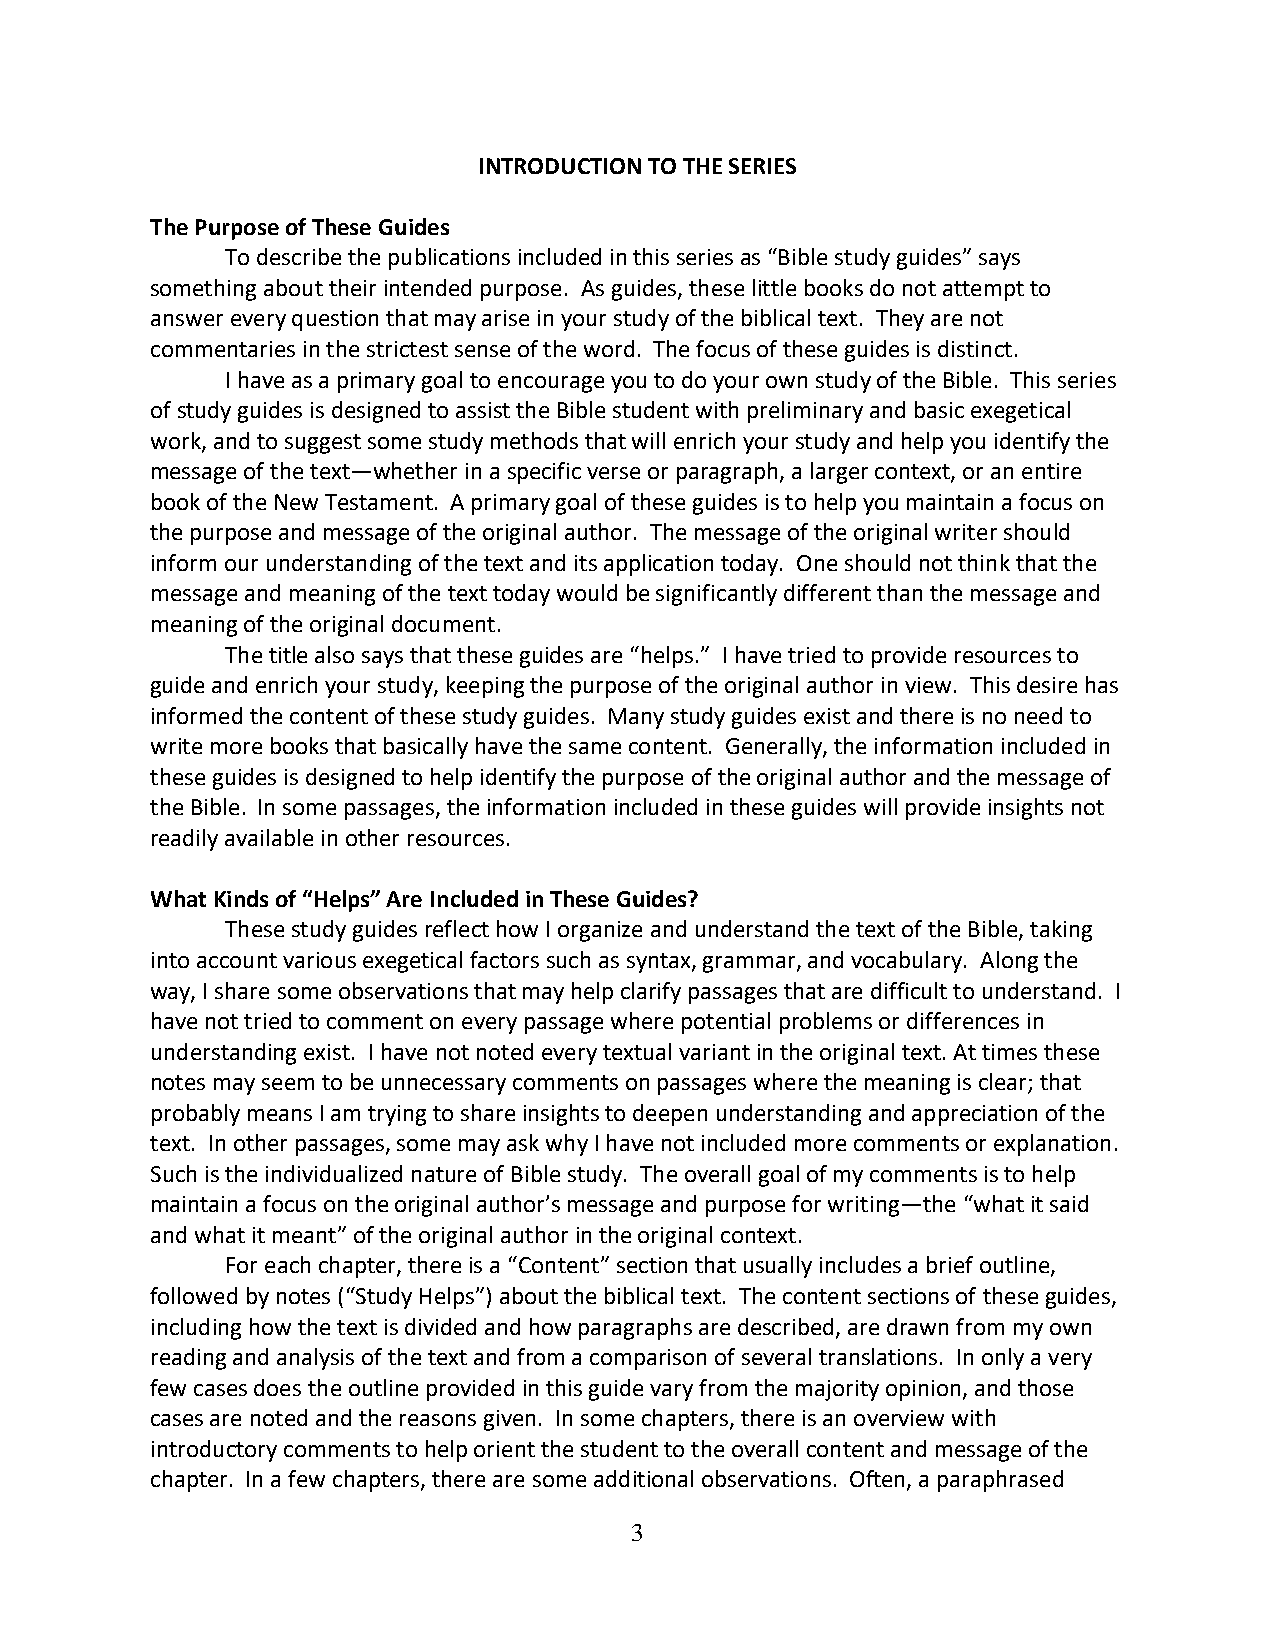
INTRODUCTION TO THE SERIES
 The Purpose of These Guides
 To describe the publications included in this series as “Bible study guides” says
 something about their intended purpose. As guides, these little books do not attempt to
 answer every question that may arise in your study of the biblical text. They are not
 commentaries in the strictest sense of the word. The focus of these guides is distinct.
 I have as a primary goal to encourage you to do your own study of the Bible. This series
 of study guides is designed to assist the Bible student with preliminary and basic exegetical
 work, and to suggest some study methods that will enrich your study and help you identify the
 message of the text—whether in a specific verse or paragraph, a larger context, or an entire
 book of the New Testament. A primary goal of these guides is to help you maintain a focus on
 the purpose and message of the original author. The message of the original writer should
 inform our understanding of the text and its application today. One should not think that the
 message and meaning of the text today would be significantly different than the message and
 meaning of the original document.
 The title also says that these guides are “helps.” I have tried to provide resources to
 guide and enrich your study, keeping the purpose of the original author in view. This desire has
 informed the content of these study guides. Many study guides exist and there is no need to
 write more books that basically have the same content. Generally, the information included in
 these guides is designed to help identify the purpose of the original author and the message of
 the Bible. In some passages, the information included in these guides will provide insights not
 readily available in other resources.
 What Kinds of “Helps” Are Included in These Guides?
 These study guides reflect how I organize and understand the text of the Bible, taking
 into account various exegetical factors such as syntax, grammar, and vocabulary. Along the
 way, I share some observations that may help clarify passages that are difficult to understand. I
 have not tried to comment on every passage where potential problems or differences in
 understanding exist. I have not noted every textual variant in the original text. At times these
 notes may seem to be unnecessary comments on passages where the meaning is clear; that
 probably means I am trying to share insights to deepen understanding and appreciation of the
 text. In other passages, some may ask why I have not included more comments or explanation.
 Such is the individualized nature of Bible study. The overall goal of my comments is to help
 maintain a focus on the original author’s message and purpose for writing—the “what it said
 and what it meant” of the original author in the original context.
 For each chapter, there is a “Content” section that usually includes a brief outline,
 followed by notes (“Study Helps”) about the biblical text. The content sections of these guides,
 including how the text is divided and how paragraphs are described, are drawn from my own
 reading and analysis of the text and from a comparison of several translations. In only a very
 few cases does the outline provided in this guide vary from the majority opinion, and those
 cases are noted and the reasons given. In some chapters, there is an overview with
 introductory comments to help orient the student to the overall content and message of the
 chapter. In a few chapters, there are some additional observations. Often, a paraphrased
 3